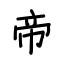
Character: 帝